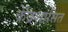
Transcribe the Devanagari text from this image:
केँद्रशासित